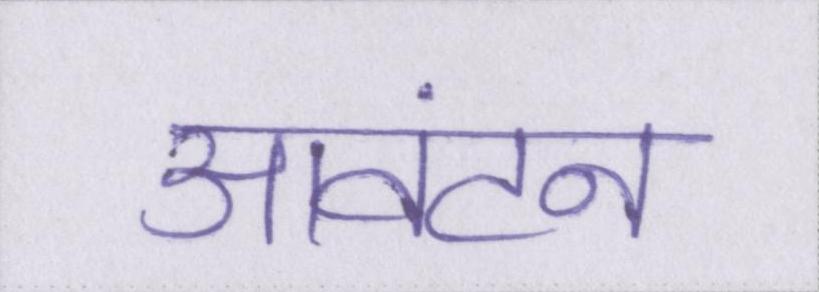
आवंटन